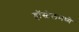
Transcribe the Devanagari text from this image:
हॉस्टेलमध्ये